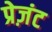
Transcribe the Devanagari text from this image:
प्रेज़ंट